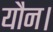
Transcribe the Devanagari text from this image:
यौन।